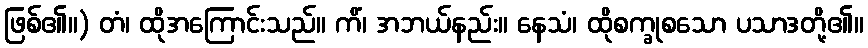
ဖြစ်၏။) တံ၊ ထိုအကြောင်းသည်။ ကိံ၊ အဘယ်နည်း။ နေသံ၊ ထိုစက္ခုစသော ပသာဒတို့၏။